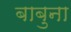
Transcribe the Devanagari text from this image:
बाबुना